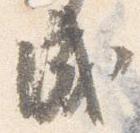
成